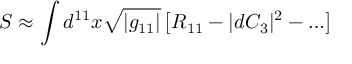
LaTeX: S \approx \int d ^ { 1 1 } x \sqrt { | g _ { 1 1 } | } \left[ R _ { 1 1 } - | d C _ { 3 } | ^ { 2 } - \ldots \right]